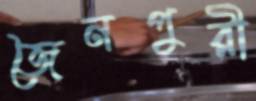
জৈনপুরী